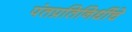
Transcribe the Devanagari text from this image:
पंतप्रतिनिधींचे